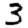
Digit: 3